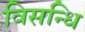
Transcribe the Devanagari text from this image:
विसन्धि